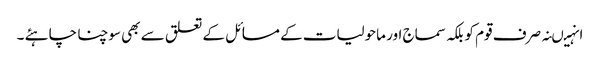
انہیںنہ صرف قوم کو بلکہ سماج اور ماحولیات کے مسائل کے تعلق سے بھی سوچنا چاہئے ۔